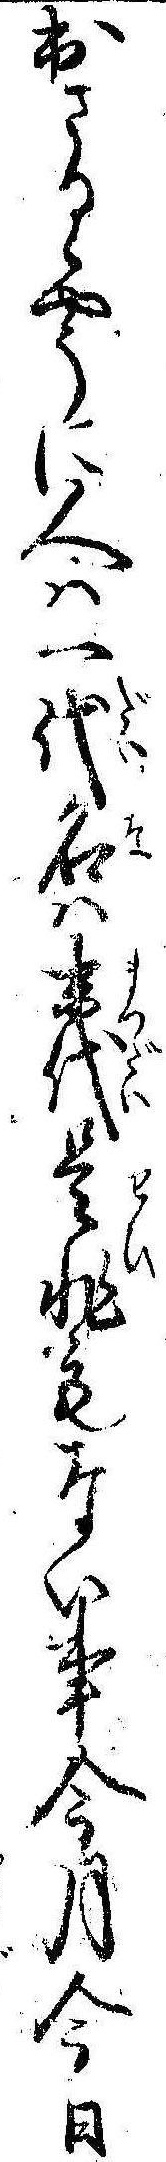
出さるゝやうに人は一代名は末代是非もない事今月今日